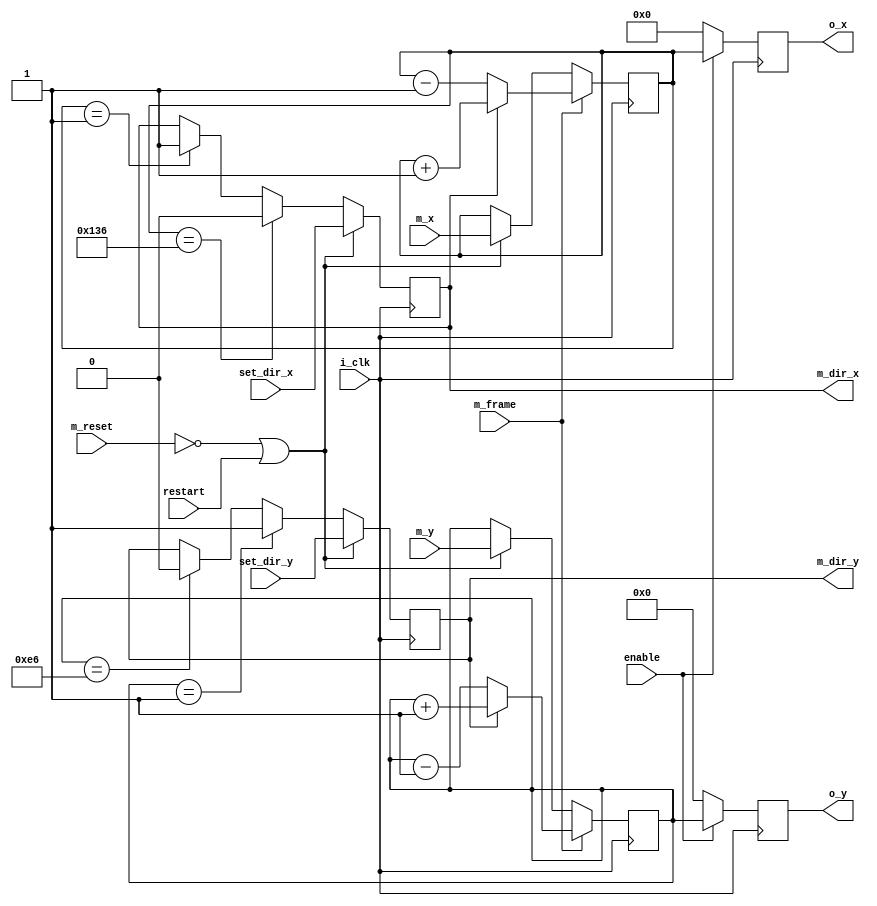
module meteor_movement
    (
    input  i_clk,         // base clock
    input  m_frame,   // animation clock: pixel clock is 1 pix/frame
    input  m_reset, 	 // reset: returns animation to starting position
	 input enable,
	 input restart,
	 input  [9:0]m_x,
	 input   [8:0]m_y,
	 input set_dir_x, // meteor x direction
	 input set_dir_y,
	 output reg m_dir_x, // meteor x direction
	 output  reg m_dir_y, // meteor y direction
//	 input  [2:0]meteor_colour, // meteor colour
//	 output  reg [2:0]meteor_colour_out,
    output reg  [9:0]o_x,  // the meteor output x position
    output reg  [8:0]o_y // the meteor outpur y position
    );

    reg [9:0] x ;   // horizontal position of square centre
    reg [8:0] y ;   // vertical position of square centre
//    reg x_dir ;  // horizontal animation direction
//    reg y_dir ;  // vertical animation direction

//initial
//begin
//o_x  = 160; //'b0010100000;
//o_y  = 195;//'b010100000;

//end
    always @ (posedge i_clk)
    begin
        if (!m_reset || restart)  // on reset return to starting position
        begin
           x <= m_x;
            y <= m_y;
            m_dir_x<= set_dir_x;
            m_dir_y<= set_dir_y;
        end
		  else 
		  begin
			if (x == 1)  // edge of square is at left of screen
                m_dir_x <= 1;  // change direction to right
            if (x == 310)  // edge of square at right
                m_dir_x <= 0;  // change direction to left          
            if (y == 230)  // edge of square at top of screen
                m_dir_y <= 0;  // change direction to down
            if (y == 1)  // edge of square at bottom
                m_dir_y <= 1;  // change direction to up  
			end
		  begin 
		if(m_frame)
        begin
            x <= (m_dir_x) ? x + 1 : x - 1;  // move left if positive x_dir
            y <= (m_dir_y) ? y + 1 : y - 1;  // move down if positive y_dir
        
        end 
	if(enable)begin
		o_x <= x;
	  o_y <= y;
	 end
	 else begin
	  o_x <= 0;
	  o_y <= 0;
		end
	end
end
endmodule